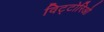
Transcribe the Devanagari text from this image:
विट्टोरिओ